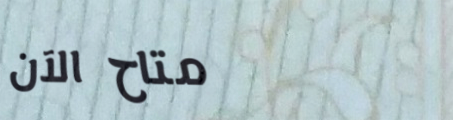
متاح الآن